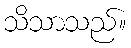
သိသာသည်။